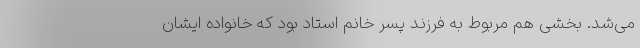
می‌شد. بخشی هم مربوط به فرزند پسر خانم استاد بود که خانواده ایشان